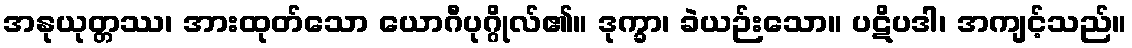
အနုယုတ္တဿ၊ အားထုတ်သော ယောဂီပုဂ္ဂိုလ်၏။ ဒုက္ခာ၊ ခဲယဉ်းသော။ ပဋိပဒါ၊ အကျင့်သည်။